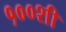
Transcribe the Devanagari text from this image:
१००शी